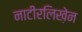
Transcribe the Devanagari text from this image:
नाटीरलिख़ेन